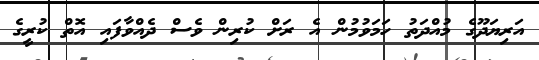
އަރިޔަދޫގެ މުއްދަތު ހަމަވުމުން އެ ރަށް ކުރިން ވެސް ދެއްވާފައި އޮތް ކުރީގެ